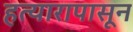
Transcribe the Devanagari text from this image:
हत्यारापासून